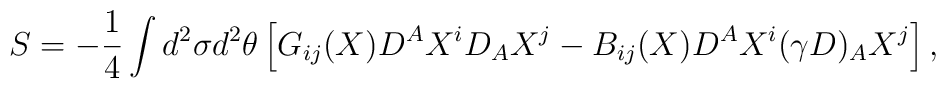
S=-\frac{1}{4}\int d^{2}\sigma d^{2}\theta\left[G_{ij}(X)D^{A}X^{i}D_{A}X^{j}-B_{ij}(X)D^{A}X^{i}(\gamma D)_{A}X^{j}\right],